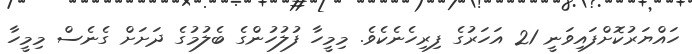
ހައްޔަރުކޮށްފައިވަނީ 21 އަހަރުގެ ފިރިހެނެކެވެ. މިމީހާ ފުލުހުންގެ ބެލުމުގެ ދަށަށް ގެނެސް މިމީހާ